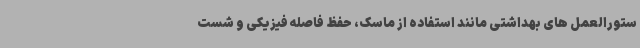
ستورالعمل های بهداشتی مانند استفاده از ماسک، حفظ فاصله فیزیکی و شست